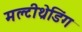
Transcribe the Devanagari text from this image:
मल्टीथ्रेडिंग